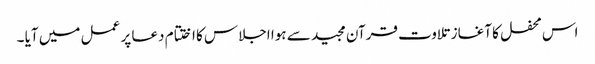
اس محفل کا آغاز تلاوت قرآن مجید سے ہوا اجلاس کا اختتام دعا پر عمل میں آیا ۔